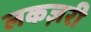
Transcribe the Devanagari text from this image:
लकज़री